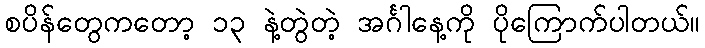
စပိန်တွေကတော့ ၁၃ နဲ့တွဲတဲ့ အင်္ဂါနေ့ကို ပိုကြောက်ပါတယ်။